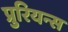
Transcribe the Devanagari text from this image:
प्रुरियन्स